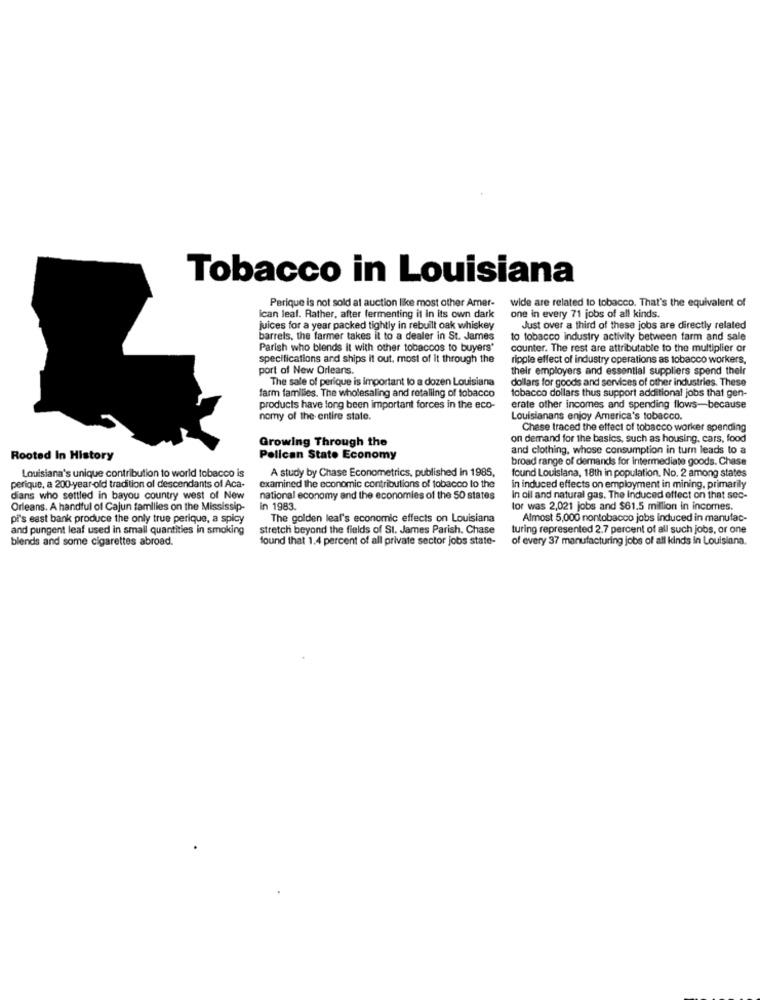
Tobacco in Louisiana
Perique is not sold at auction like most other Amer-
wide are related to tobacco. That's the equivalent of
ican leaf. Rather, after fermenting it in its own dark
one in every 71 jobs of all kinds.
juices for a year packed tightly in rebuilt oak whiskey
Just over a third of these jobs are directly related
barrels, the farmer takes it to a dealer in St. James
to tobacco industry activity between farm and sale
Parish who blends it with other tobaccos to buyers'
counter. The rest are attributable to the multiplier or
specifications and ships it out, most of it through the
ripple effect of industry operations as tobacco workers,
port of New Orleans.
their employers and essential suppliers spend their
The sale of perique is important to a dozen Louisiana
dollars for goods and services of other industries. These
tobacco dollars thus support additional jobs that gen-
farm families. The wholesaling and retaliing of tobacco
products have long been important forces in the eco-
erate other incomes and spending flows-because
nomy of the entire state.
Louisianans enjoy America's tobacco.
Chese traced the effect of tobacco worker spending
Growing Through the
on demand for the basics, such as housing, cars, food
and clothing, whose consumption in turn leads to a
Rooted In History
Pelican Stato Economy
broad range of demands for intermediate goods. Chase
A study by Chase Econometrics, published in 1985,
found Louisiana, 18th in population, No. 2 among states
Louisiana's unique contribution to world tobacco is
perique, a 200-year-old tradition ol descendants of Aca-
examined the economic contributions of tobacco lo the
in induced effects on employment in mining, primarily
dians who settled in bayou country west of New
national economy and the economies of the SO states
In oil and natural gas. The Induced effect on that sec-
Orleans. A handful of Cajun families on the Mississip-
in 1983.
lor was 2,021 jobs and $61.5 million in incomes.
pi's east bank produce the only true perique, a spicy
The golden leaf's economic effects on Louisiana
Almost 5,000 nontobacco jobs induced in manufac-
and pungent leaf used in small quantities in smoking
stretch beyond the fields of St. James Parish. Chase
turing represented 2.7 percent of all such jobs, or one
blends and some cigarettes abroad.
found that 1.4 percent of all private sector jobs state-
of every 37 manufacturing jobs of all kinds in Louisiana.